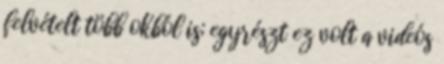
felvételt több okból is; egyrészt ez volt a videós